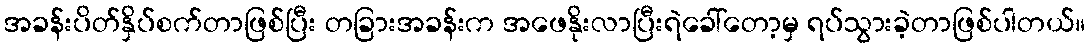
အခန်းပိတ်နှိပ်စက်တာဖြစ်ပြီး တခြားအခန်းက အဖေနိုးလာပြီးရဲခေါ်တော့မှ ရပ်သွားခဲ့တာဖြစ်ပါတယ်။